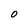
Character: O